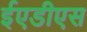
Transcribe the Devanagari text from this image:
ईएडीएस